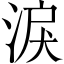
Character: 淚